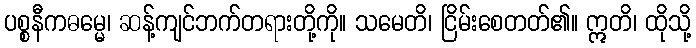
ပစ္စနီကဓမ္မေ၊ ဆန့်ကျင်ဘက်တရားတို့ကို။ သမေတိ၊ ငြိမ်းစေတတ်၏။ ဣတိ၊ ထိုသို့